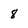
Character: 8